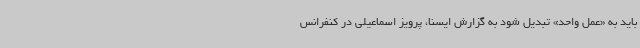
باید به «عمل واحد» تبدیل شود به گزارش ایسنا، پرویز اسماعیلی در کنفرانس